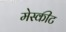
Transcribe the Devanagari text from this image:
मेस्कीट